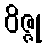
ဝိဇ္ဇု